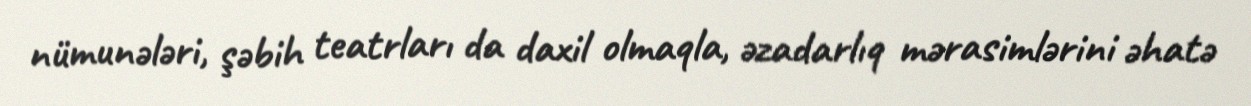
nümunələri, şəbih teatrları da daxil olmaqla, əzadarlıq mərasimlərini əhatə